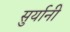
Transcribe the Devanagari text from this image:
सुर्यानी